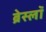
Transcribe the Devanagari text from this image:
ब्रेस्लॉ